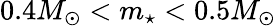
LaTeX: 0.4M_{\odot}<m_{\star}<0.5M_{\odot}